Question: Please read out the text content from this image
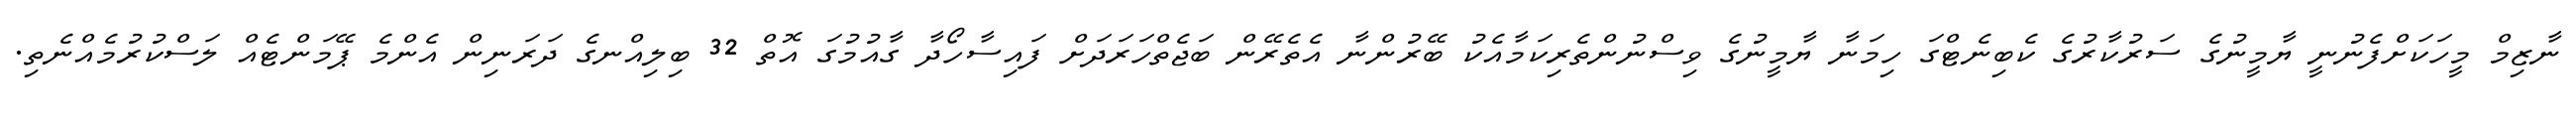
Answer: ނާޒިމް މީހަކަށްފެނުނީ ޔާމީނުގެ ސަރުކާރުގެ ކެބިނެޓްގަ ހިމަނާ ޔާމީނުގެ ވިސްނުންތެރިކަމާއެކު ބޭރުންނާ އެތެރޭން ބަޖެތްހަރަދަށް ފައިސާހޯދާ ގާއުމުގަ އޮތް 32 ބިލިއްނގެ ދަރަނިން އެންމެ ޕޭމަންޓެއް ލަސްކުރުމެއްނެތި.